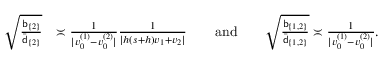
\begin{array} { r l } { \sqrt { \frac { \mathsf { b } _ { \{ 2 \} } } { \bar { \mathsf { d } } _ { \{ 2 \} } } } } & { \asymp \frac { 1 } { | v _ { 0 } ^ { ( 1 ) } - v _ { 0 } ^ { ( 2 ) } | } \frac { 1 } { | h ( s + h ) v _ { 1 } + v _ { 2 } | } ~ ~ ~ ~ ~ ~ \mathrm { a n d } ~ ~ ~ ~ ~ ~ \sqrt { \frac { \mathsf { b } _ { \{ 1 , 2 \} } } { \bar { \mathsf { d } } _ { \{ 1 , 2 \} } } } \asymp \frac { 1 } { | v _ { 0 } ^ { ( 1 ) } - v _ { 0 } ^ { ( 2 ) } | } . } \end{array}